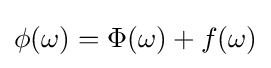
\phi (\omega )=\Phi (\omega )+f(\omega )